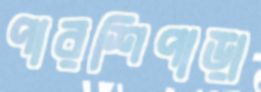
পারশিপাড়া